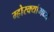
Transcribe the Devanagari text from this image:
म्होरक्यांमध्ये